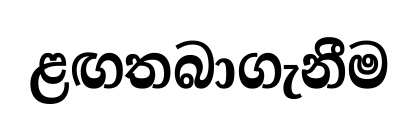
ළඟතබාගැනීම